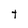
Character: t